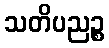
သတိပညဉ္စ